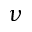
\nu